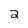
Character: 2